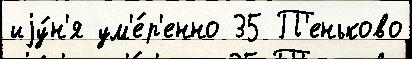
иjу́н'я ум'е́р'енно 35 П'еньково